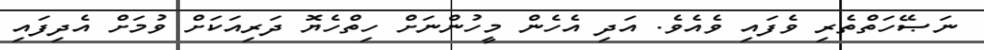
ނަޞޭހަތްތެރި ވެފައި ވެއެވެ. އަދި އެހެން މީހުންނަށް ހިތްހެޔޮ ދަރިއަކަށް ވުމަށް އެދިފައި